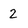
Character: 2